Rangoon Lunatic Asylum 1878-1892 - 1878-1892
Year: 1878
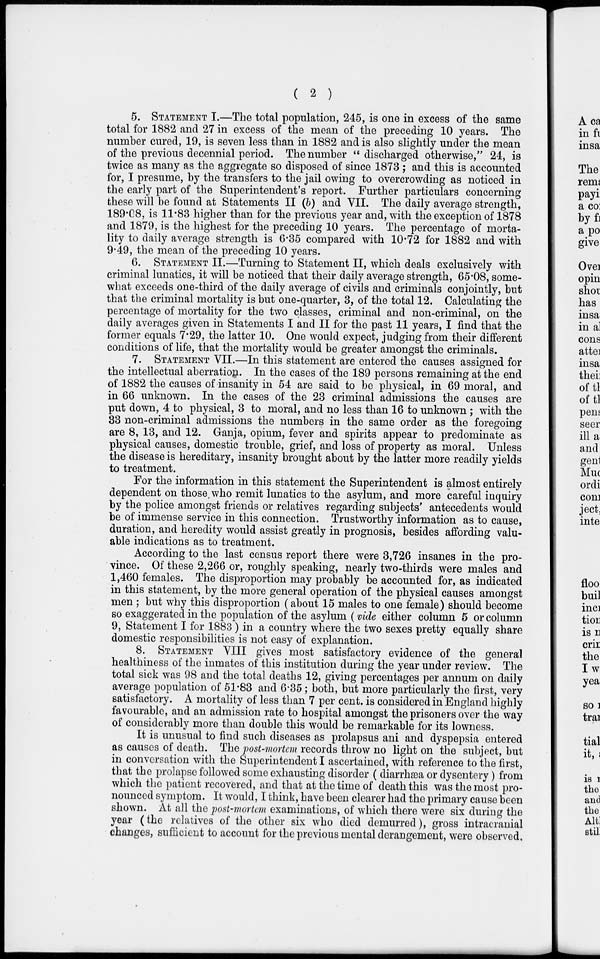
( 2 )
5. STATEMENT I.—The total population, 245, is one in excess of the same
total for 1882 and 27 in excess of the mean of the preceding 10 years. The
number cured, 19, is seven less than in 1882 and is also slightly under the mean
of the previous decennial period. The number "discharged otherwise," 24, is
twice as many as the aggregate so disposed of since 1873; and this is accounted
for, I presume, by the transfers to the jail owing to overcrowding as noticed in
the early part of the Superintendent's report. Further particulars concerning
these will be found at Statements II (b) and VII. The daily average strength,
189.08, is 11.83 higher than for the previous year and, with the exception of 1878
and 1879, is the highest for the preceding 10 years. The percentage of morta-
lity to daily average strength is 6.35 compared with 10.72 for 1882 and with
9.49, the mean of the preceding 10 years.
6. STATEMENT II.—Turning to Statement II, which deals exclusively with
criminal lunatics, it will be noticed that their daily average strength, 65.08, some-
what exceeds one-third of the daily average of civils and criminals conjointly, but
that the criminal mortality is but one-quarter, 3, of the total 12. Calculating the
percentage of mortality for the two classes, criminal and non-criminal, on the
daily averages given in Statements I and II for the past 11 years, I find that the
former equals 7.29, the latter 10. One would expect, judging from their different
conditions of life, that the mortality would be greater amongst the criminals.
7. STATEMENT VII.—In this statement are entered the causes assigned for
the intellectual aberration. In the cases of the 189 persons remaining at the end
of 1882 the causes of insanity in 54 are said to be physical, in 69 moral, and
in 66 unknown. In the cases of the 23 criminal admissions the causes are
put down, 4 to physical, 3 to moral, and no less than 16 to unknown ; with the
33 non-criminal admissions the numbers in the same order as the foregoing
are 8, 13, and 12. Ganja, opium, fever and spirits appear to predominate as
physical causes, domestic trouble, grief, and loss of property as moral. Unless
the disease is hereditary, insanity brought about by the latter more readily yields
to treatment.
For the information in this statement the Superintendent is almost entirely
dependent on those who remit lunatics to the asylum, and more careful inquiry
by the police amongst friends or relatives regarding subjects' antecedents would
be of immense service in this connection. Trustworthy information as to cause,
duration, and heredity would assist greatly in prognosis, besides affording valu-
able indications as to treatment.
According to the last census report there were 3,726 insanes in the pro-
vince. Of these 2,266 or, roughly speaking, nearly two-thirds were males and
1,460 females. The disproportion may probably be accounted for, as indicated
in this statement, by the more general operation of the physical causes amongst
men ; but why this disproportion (about 15 males to one female) should become
so exaggerated in the population of the asylum (vide either column 5 or column
9, Statement I for 1883 ) in a country where the two sexes pretty equally share
domestic responsibilities is not easy of explanation.
8. STATEMENT VIII gives most satisfactory evidence of the general
healthiness of the inmates of this institution during the year under review. The
total sick was 98 and the total deaths 12, giving percentages per annum on daily
average population of 51.83 and 6.35; both, but more particularly the first, very
satisfactory. A mortality of less than 7 per cent. is considered in England highly
favourable, and an admission rate to hospital amongst the prisoners over the way
of considerably more than double this would be remarkable for its lowness.
It is unusual to find such diseases as prolapsus ani and dyspepsia entered
as causes of death. The post-mortem records throw no light on the subject, but
in conversation with the Superintendent I ascertained, with reference to the first,
that the prolapse followed some exhausting disorder ( diarrhæa or dysentery) from
which the patient recovered, and that at the time of death this was the most pro-
nounced symptom. It would, I think, have been clearer had the primary cause been
shown. At all the post-mortem examinations, of which there were six during the
year (the relatives of the other six who died demurred), gross intracranial
changes, sufficient to account for the previous mental derangement, were observed.